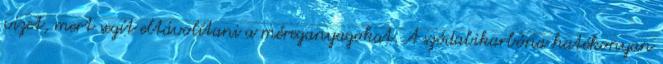
vizet, mert segít eltávolítani a méreganyagokat. A szódabikarbóna hatékonyan